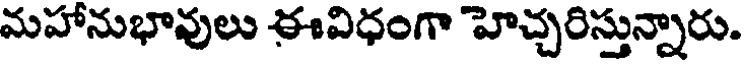
మహానుభావులు ఈవిధంగా హెచ్చరిస్తున్నారు.